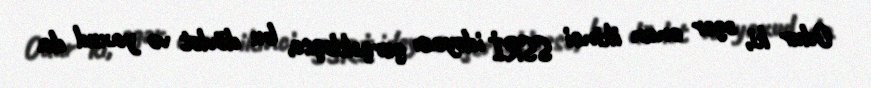
Odur ki, əgər onun ikinci SSRİ ideyası gerçəkləşsə, bu dövlət və yaxud da